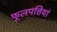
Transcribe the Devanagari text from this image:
फूलपत्तियां